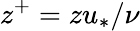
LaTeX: z^{+}=zu_{*}/\nu